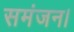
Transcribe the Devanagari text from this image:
समंजन।